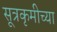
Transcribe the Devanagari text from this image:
सूत्रकृमीच्या